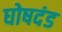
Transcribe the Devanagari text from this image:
घोषदंड